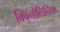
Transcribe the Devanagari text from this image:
क्विनोलिनिक